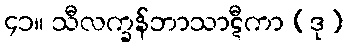
၄၁။ သီလက္ခန်ဘာသာဋီကာ (ဒု)